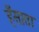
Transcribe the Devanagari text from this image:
हँसाता